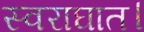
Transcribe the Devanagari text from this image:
स्वराघात।